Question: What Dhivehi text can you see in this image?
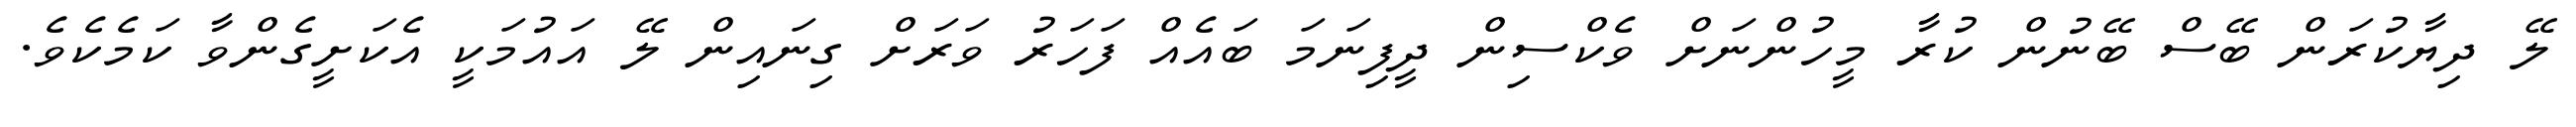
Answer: ލޭ ދިޔާކުރަން ބޭސް ބޭނުން ކުރާ މީހުންނަށް ވެކްސިން ދީފިނަމަ ބައެއް ފަހަރު ވަރަށް ގިނައިން ލޭ އައުމަކީ އެކަށީގެންވާ ކަމެކެވެ.